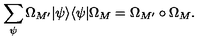
\sum _ { \psi } \Omega _ { M ^ { \prime } } | \psi \rangle \langle \psi | \Omega _ { M } = \Omega _ { M ^ { \prime } } \circ \Omega _ { M } .